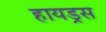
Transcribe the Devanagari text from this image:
हायड्रस